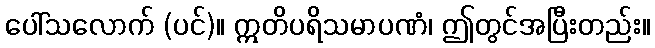
ပေါ်သလောက် (ပင်)။ ဣတိပရိသမာပဏံ၊ ဤတွင်အပြီးတည်း။